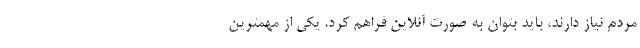
مردم نیاز دارند، باید بتوان به صورت آنلاین فراهم کرد. یکی از مهمترین